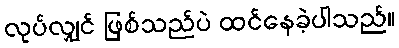
လုပ်လျှင် ဖြစ်သည်ပဲ ထင်နေခဲ့ပါသည်။